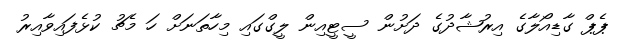
ޕެޕް ގާޑިއޯލާގެ އިރުޝާދުގެ ދަށުން ސީޓީއިން ލީގްގައި މިހާތަނަށް ހަ މެޗު ކުޅެފައިވާއިރު